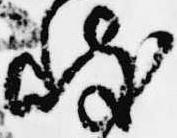
岐